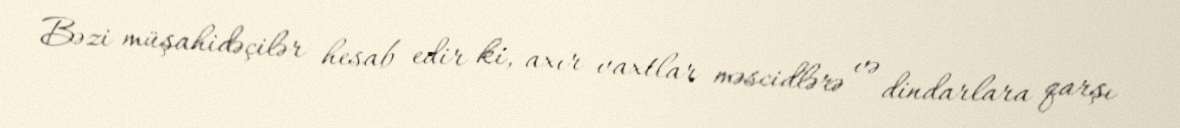
Bəzi müşahidəçilər hesab edir ki, axır vaxtlar məscidlərə və dindarlara qarşı